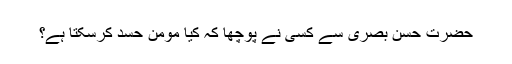
حضرت حسن بصریؒ سے کسی نے پوچھا کہ کیا مومن حسد کرسکتا ہے؟